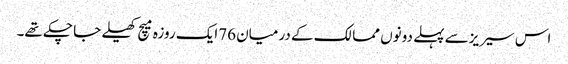
اس سیریزسے پہلے دونوں ممالک کے درمیان 76ایک روزہ میچ کھیلے جا چکے تھے۔